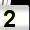
Digit: 2